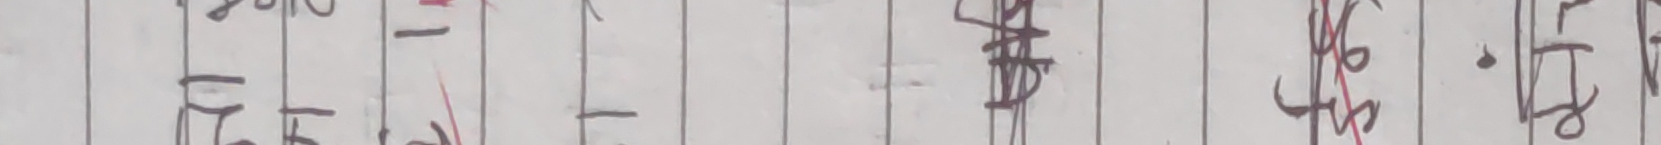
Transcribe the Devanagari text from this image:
हैकस